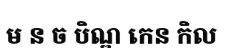
ម ន ច បិណ្ឌ កេន កិល